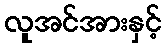
လူအင်အားနှင့်